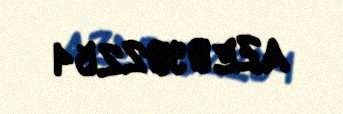
AZE 0902254